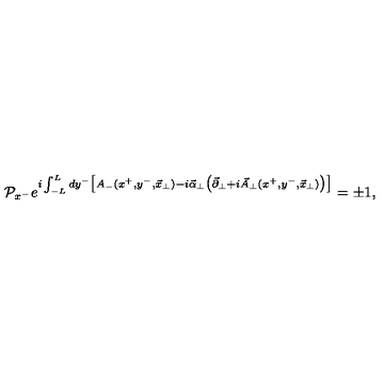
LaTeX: { \cal P } _ { x ^ { - } } e ^ { i \int _ { - L } ^ { L } d y ^ { - } \big [ A _ { - } ( x ^ { + } , y ^ { - } , { \vec { x } } _ { \perp } ) - i { \vec { \alpha } } _ { \perp } \big ( { \vec { \partial } } _ { \perp } + i { \vec { A } } _ { \perp } ( x ^ { + } , y ^ { - } , { \vec { x } } _ { \perp } ) \big ) \big ] } = \pm 1 ,